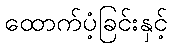
ထောက်ပံ့ခြင်းနှင့်